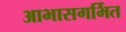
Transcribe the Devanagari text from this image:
आभासगर्भित